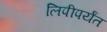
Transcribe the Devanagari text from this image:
लिपीपर्यंत